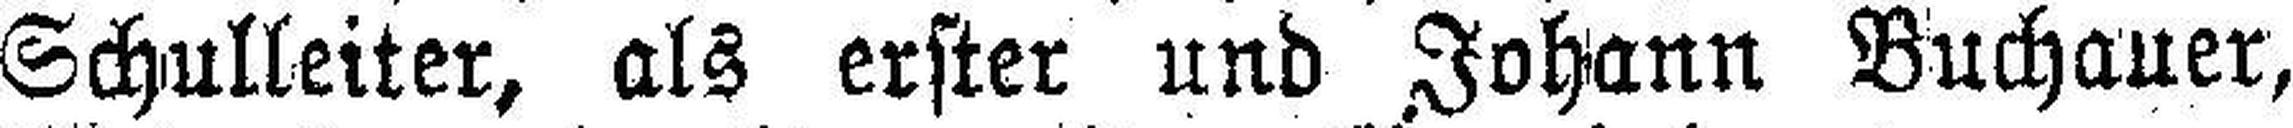
Schulleiter, als erster und Johann Buchauer,